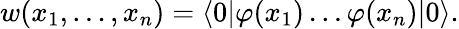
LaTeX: w(x_{1},\ldots,x_{n})=\langle 0|\varphi(x_{1})\ldots\varphi(x_{n})|0\rangle.